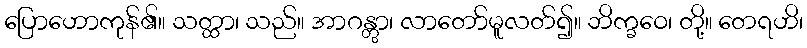
ပြောဟောကုန်၏။ သတ္ထာ၊ သည်။ အာဂန္တွာ၊ လာတော်မူလတ်၍။ ဘိက္ခဝေ၊ တို့။ တေရဟိ၊